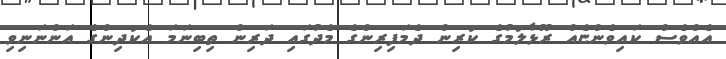
އެއްވެސް ކައިވެންޏެއް ރޫޅާލުމުގެ ކުރިން ދެމަފިރިންގެ މެދުގައި ދަރިން ތިބިނަމަ އެކުދިންގެ އަންނަނިވި